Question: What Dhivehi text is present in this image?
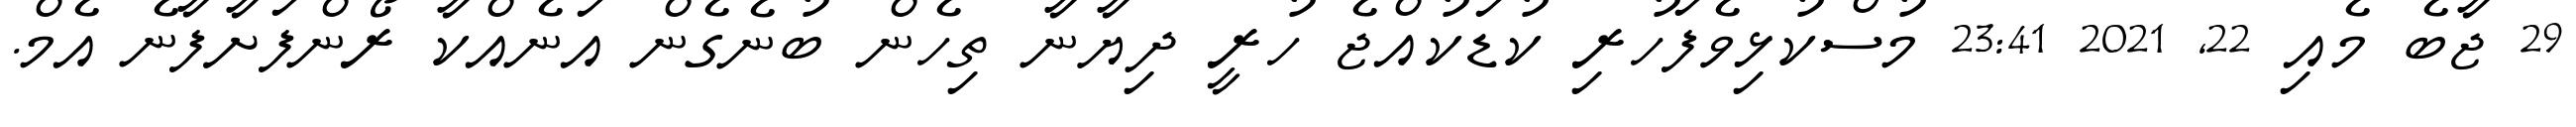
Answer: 29 ޖާބެ މެއި 22, 2021 23:41 މުސްކުޅިވެފަހުރި ކުޑަކުއްޖެ ހުރީ ދިޔާނާ ތިހެން ބުނެގެން އަނެއްކާ ރޯންފަށާފާނެ އެމް.